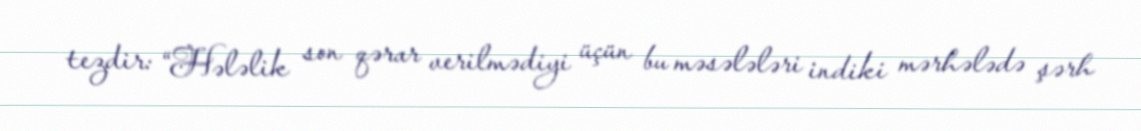
tezdir: “Hələlik son qərar verilmədiyi üçün bu məsələləri indiki mərhələdə şərh